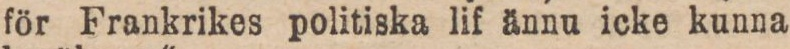
för Frankrikes politiska lif ännu icke kunna